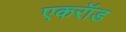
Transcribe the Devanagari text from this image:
एकरॉड